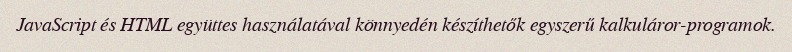
JavaScript és HTML együttes használatával könnyedén készíthetők egyszerű kalkuláror-programok.